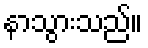
နာသွားသည်။